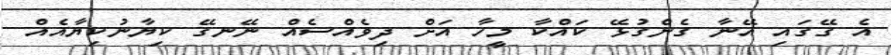
އެ ގޭގައި އޭނާ ގެންގުޅޭ ކައްކާ މީހާ އަށް ދިވެއްސެއް ނޭނގޭ ކިޔާނުކިޔާއެއް